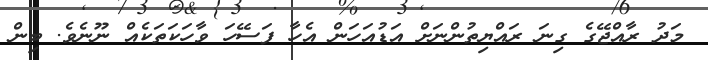
މަދު ރާއްޖޭގެ ގިނަ ރައްޔިތުންނަށް އަޑުއަހަން އެހާ ފަސޭހަ ވާހަކަތަކެއް ނޫނެވެ. ބިން